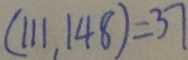
( 1 1 1 , 1 4 8 ) = 3 7